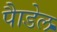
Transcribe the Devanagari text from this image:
पैाडेल